Lunatic asylums Burma 1907-21 - 1907-1921
Year: 1907
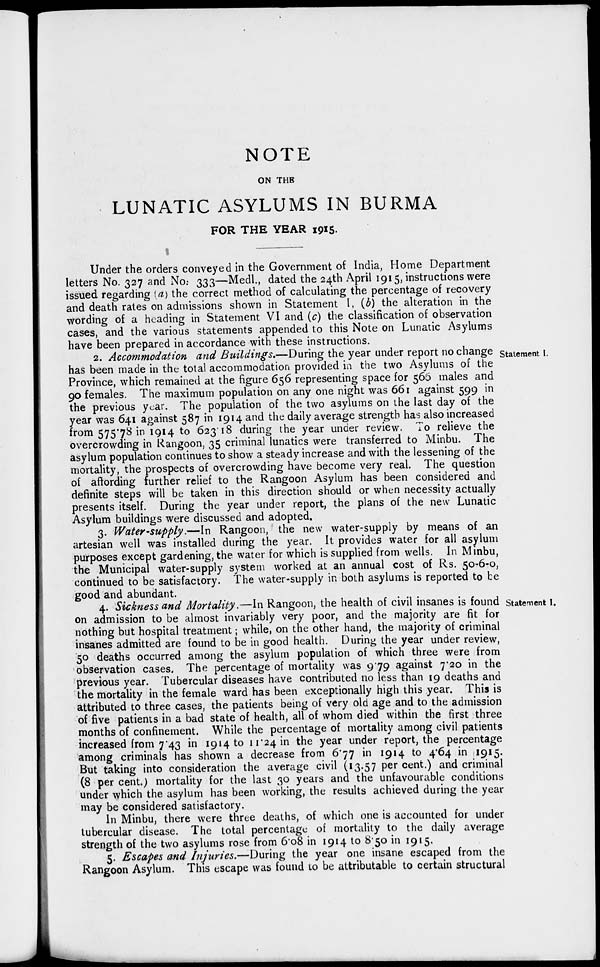
NOTE
ON THE
LUNATIC ASYLUMS IN BURMA
FOR THE YEAR 1915.
Under the orders conveyed in the Government of India, Home Department
letters No. 327 and No: 333—Medl., dated the 24th April 1915, instructions were
issued regarding (a) the correct method of calculating the percentage of recovery
and death rates on admissions shown in Statement I, (b) the alteration in the
wording of a heading in Statement VI and (c) the classification of observation
cases, and the various statements appended to this Note on Lunatic Asylums
have been prepared in accordance with these instructions.
Statement I.
2. Accommodation and Buildings.—During the year under report no change
has been made in the total accommodation provided in the two Asylums of the
Province, which remained at the figure 656 representing space for 566 males and
90 females. The maximum population on any one night was 661 against 599 in
the previous year. The population of the two asylums on the last day of the
year was 641 against 587 in 1914 and the daily average strength has also increased
from 575.78 in 1914 to 623.18 during the year under review. To relieve the
overcrowding in Rangoon, 35 criminal lunatics were transferred to Minbu. The
asylum population continues to show a steady increase and with the lessening of the
mortality, the prospects of overcrowding have become very real. The question
of affording further relief to the Rangoon Asylum has been considered and
definite steps will be taken in this direction should or when necessity actually
presents itself. During the year under report, the plans of the new Lunatic
Asylum buildings were discussed and adopted.
3. Water-supply.—In Rangoon, the new water-supply by means of an
artesian well was installed during the year. It provides water for all asylum
purposes except gardening, the water for which is supplied from wells. In Minbu,
the Municipal water-supply system worked at an annual cost of Rs. 50-6-0,
continued to be satisfactory. The water-supply in both asylums is reported to be
good and abundant.
Statement I.
4. Sickness and Mortality.—In Rangoon, the health of civil insanes is found
on admission to be almost invariably very poor, and the majority are fit for
nothing but hospital treatment; while, on the other hand, the majority of criminal
insanes admitted are found to be in good health. During the year under review,
50 deaths occurred among the asylum population of which three were from
observation cases. The percentage of mortality was 9.79 against 7.20 in the
previous year. Tubercular diseases have contributed no less than 19 deaths and
the mortality in the female ward has been exceptionally high this year. This is
attributed to three cases, the patients being of very old age and to the admission
of five patients in a bad state of health, all of whom died within the first three
months of confinement. While the percentage of mortality among civil patients
increased from 7.43 in 1914 to 11.24 in the year under report, the percentage
among criminals has shown a decrease from 6.77 in 1914 to 4.64 in 1915.
But taking into consideration the average civil (13.57 per cent.) and criminal
(8 per cent.) mortality for the last 30 years and the unfavourable conditions
under which the asylum has been working, the results achieved during the year
may be considered satisfactory.
In Minbu, there were three deaths, of which one is accounted for under
tubercular disease. The total percentage of mortality to the daily average
strength of the two asylums rose from 6.08 in 1914 to 8.50 in 1915.
5. Escapes and Injuries.—During the year one insane escaped from the
Rangoon Asylum. This escape was found to be attributable to certain structural